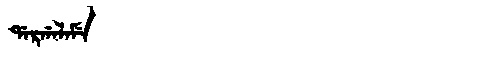
Manchu: ᡩᠠᡵᡤᠠᠯᠠᠮᡝ
Romanization: DARGALAME